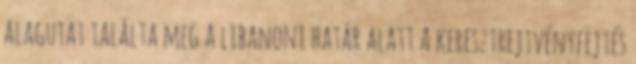
alagutat találta meg a libanoni határ alatt A keresztrejtvényfejtés